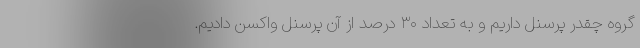
گروه چقدر پرسنل داریم و به تعداد ۳۰ درصد از آن پرسنل واکسن دادیم.